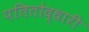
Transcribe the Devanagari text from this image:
पतितोद्धारी